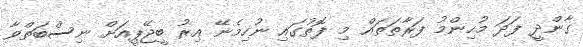
ގާންދީ ފަދަ މުހިންމު ފަރާތަތައް މި ފޮތުގައި ނުހިމެނޭ އިރު ބީޖޭޕީއަށް ނިސްބަތްވާ